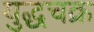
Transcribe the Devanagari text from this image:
युद्धचक्र